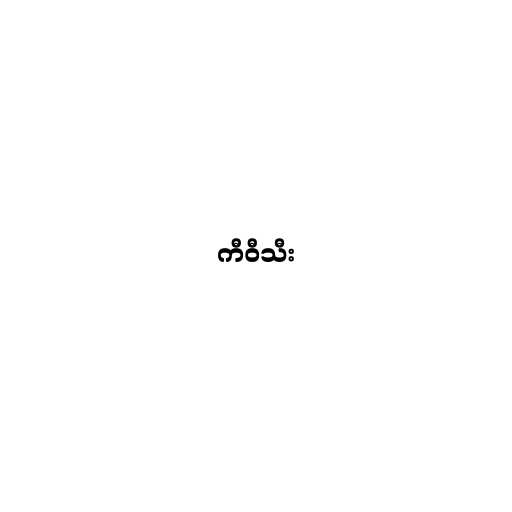
ကီဝီသီး